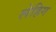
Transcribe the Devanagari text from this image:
लेहिग